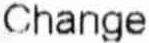
CHANGE